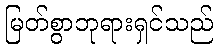
မြတ်စွာဘုရားရှင်သည်